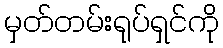
မှတ်တမ်းရုပ်ရှင်ကို